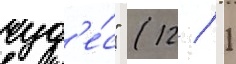
чуд'е́с" (12 / 1